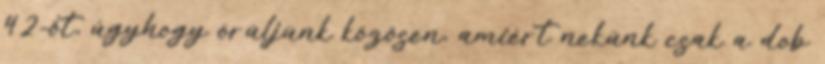
42-őt, úgyhogy örüljünk közösen, amiért nekünk csak a dob